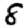
Digit: 8